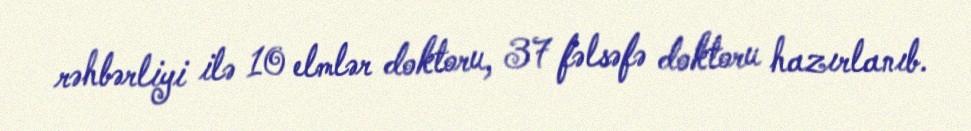
rəhbərliyi ilə 10 elmlər doktoru, 37 fəlsəfə doktoru hazırlanıb.